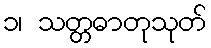
၁၊ သတ္တဓာတုသုတ်